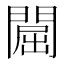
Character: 𨵡